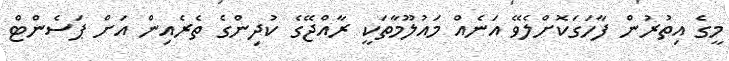
މީގެ އިތުރުން ފާހަގަކޮށްލެވޭ އަނެއް މައުލޫމާތަކީ ރާއްޖޭގެ ކުދިންގެ ތެރެއިން އަށް ޕަސެންޓް